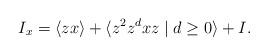
LaTeX: \begin{align*}I_x = \langle zx \rangle + \langle z^2 z^d x z \mid d\geq 0 \rangle + I.\end{align*}